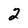
Character: 2